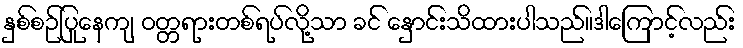
နှစ်စဉ်ပြုနေကျ ဝတ္တရားတစ်ရပ်လို့သာ ခင် နှောင်းသိထားပါသည်။ဒါကြောင့်လည်း